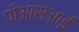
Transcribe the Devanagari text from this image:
पीआसआई